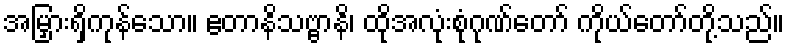
အမြှားရှိကုန်သော။ ဧတာနိသဗ္ဗာနိ၊ ထိုအလုံးစုံဂုဏ်တော် ကိုယ်တော်တို့သည်။